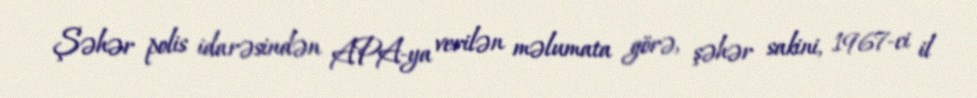
Şəhər polis idarəsindən APA-ya verilən məlumata görə, şəhər sakini, 1967-ci il